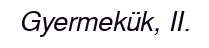
Gyermekük, II.